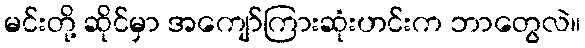
မင်းတို့ ဆိုင်မှာ အကျော်ကြားဆုံးဟင်းက ဘာတွေလဲ။